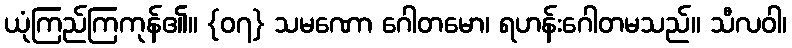
ယုံကြည်ကြကုန်၏။ {၀၇} သမဏော ဂေါတမော၊ ရဟန်းဂေါတမသည်။ သီလဝါ၊